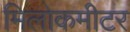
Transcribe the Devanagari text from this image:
मिलोकमीटर